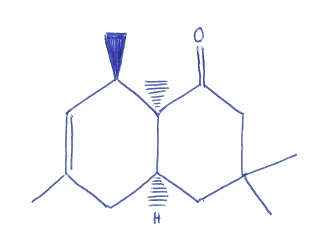
Simplified molecular-input line-entry system (SMILES) notation of the given molecule:
C[C@@H]1C=C(C[C@H]2[C@@]1(C(=O)CC(C2)(C)C)C)C